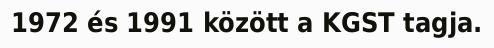
1972 és 1991 között a KGST tagja.